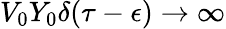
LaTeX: V_{0}Y_{0}\delta(\tau-\epsilon)\to\infty